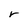
Character: r